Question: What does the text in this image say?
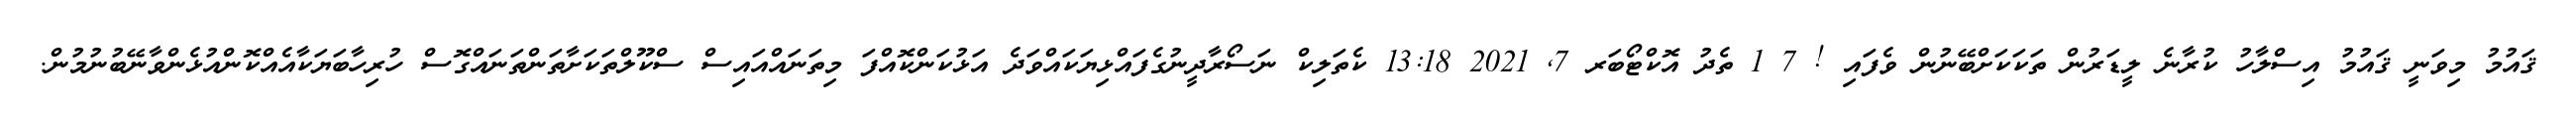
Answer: ޤައުމު މިވަނީ ޤައުމު އިސްލާހު ކުރާނެ ލީޑަރުން ތަކަކަށްބޭނުން ވެފައި ! 7 1 ތެދު އޮކްޓޯބަރ 7, 2021 13:18 ކެތަލިކް ނަސޯރާދީނުގެފައްޅިޔަކައްވަދެ އަޅުކަންކޮއްފަ މިތަނައްއައިސް ސްކޫލްތަކަށާތަންތަނައްގޮސް ހުރިހާބަޔަކާއެއްކޮންއުޅެންވާނޭބުނުމުން.